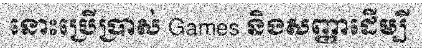
នោះប្រើប្រាស់ Games និងសញ្ញាដើម្បី